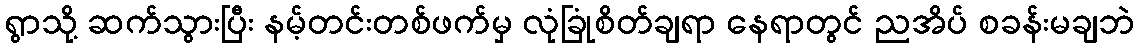
ရွာသို့ ဆက်သွားပြီး နမ့်တင်းတစ်ဖက်မှ လုံခြုံစိတ်ချရာ နေရာတွင် ညအိပ် စခန်းမချဘဲ